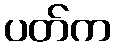
ပတ်က